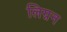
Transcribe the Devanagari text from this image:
लिग्नन